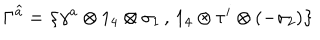
\Gamma \widehat { ^ { a } } = \left\{ \gamma ^ { a } \otimes 1 _ { 4 } \otimes \sigma _ { 1 } \, , \, 1 _ { 4 } \otimes \tau ^ { i } \otimes ( - \sigma _ { 2 } ) \right\}